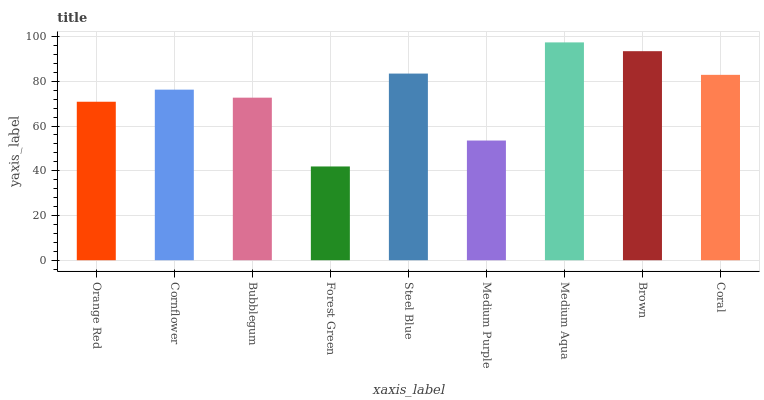
| xaxis_label | bars |
 | --- | --- |
 | Orange Red | 70.9 |
 | Cornflower | 76.3 |
 | Bubblegum | 72.7 |
 | Forest Green | 41.9 |
 | Steel Blue | 83.4 |
 | Medium Purple | 53.5 |
 | Medium Aqua | 97.4 |
 | Brown | 93.5 |
 | Coral | 82.9 |